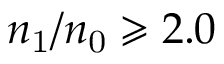
n _ { \mathrm { 1 } } / n _ { \mathrm { 0 } } \geqslant 2 . 0